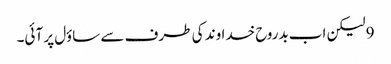
9 لیکن اب بدروح خداوند کی طرف سے ساؤل پر آئی۔